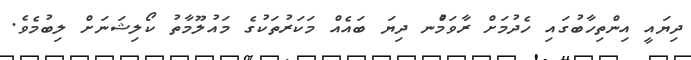
ދިޔައީ އިންތިހާބުގައި ހެދުމަށް ރާވަމުްނ ދިޔަ ބައެއް މަކަރުތަކުގެ މައުލޫމާތު ކޯލިޝަނަށް ލިބުމެވެ.